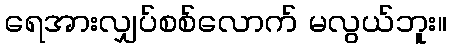
ရေအားလျှပ်စစ်လောက် မလွယ်ဘူး။